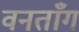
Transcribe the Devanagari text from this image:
वनताँग